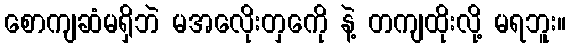
စောကျဆံမရှိဘဲ မအလေိုးတှကေို နဲ့ တကျထိုးလို့ မရဘူး။